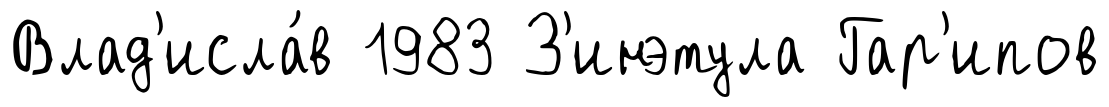
Влад'исла́в 1983 З'инэтула Гар'ипов